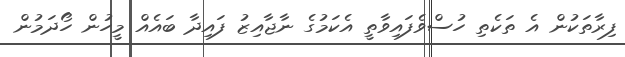
ފިރާތަކުން އެ ތަކެތި ހުސްވެފައިވާތީ އެކަމުގެ ނާޖާއިޒު ފައިދާ ބައެއް މީހުން ހޯދަމުން